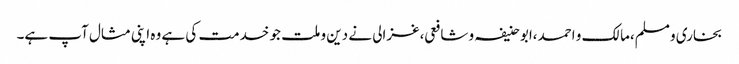
بخاری و مسلم،مالک و احمد،ابو حنیفہ و شافعی،غزالی نے دین و ملت جو خدمت کی ہے وہ اپنی مثال آپ ہے۔